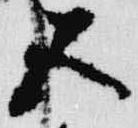
五